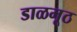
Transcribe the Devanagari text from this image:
डाळमूठ